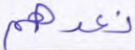
نعدهم